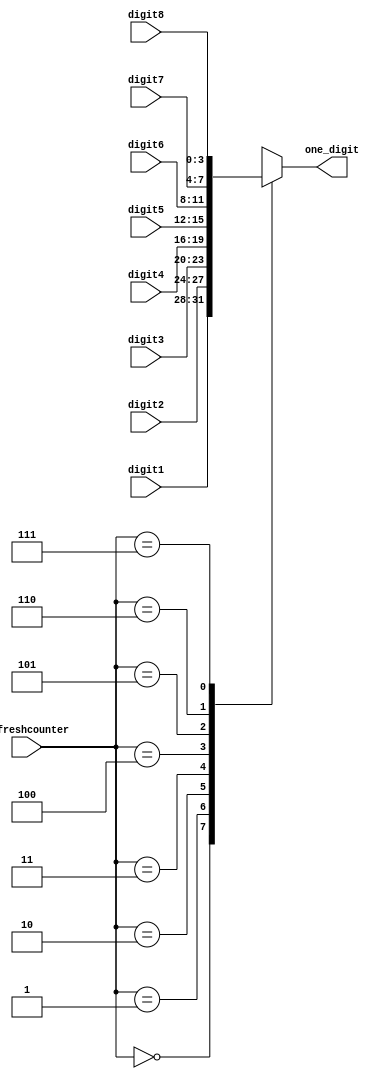
`timescale 1ns / 1ps
//////////////////////////////////////////////////////////////////////////////////
// Company: 
// Engineer: 
// 
// Design Name: 
// Module Name: BCD_controller
// Project Name: 
// Target Devices: 
// Tool Versions: 
// Description: 
// 
// Dependencies: 
// 
// Revision:
// Revision 0.01 - File Created
// Additional Comments:
// 
//////////////////////////////////////////////////////////////////////////////////


module BCD_controller(
input [3:0] digit1,
input [3:0] digit2,
input [3:0] digit3,
input [3:0] digit4,
input [3:0] digit5,
input [3:0] digit6,
input [3:0] digit7,
input [3:0] digit8,
input [2:0] refreshcounter,
output reg [3:0] one_digit
    );
always @(refreshcounter)
   begin
        case (refreshcounter)
        3'b000: one_digit=digit1;
        3'b001: one_digit=digit2;
        3'b010: one_digit=digit3;
        3'b011: one_digit=digit4;
        3'b100: one_digit=digit5;
        3'b101: one_digit=digit6;
        3'b110: one_digit=digit7;
        3'b111: one_digit=digit8;
        endcase
    end    
endmodule